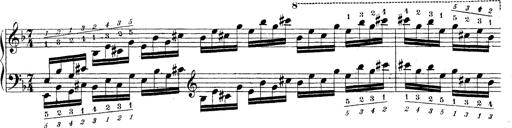
Title: Technische Studien
Composer: Franz Liszt